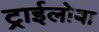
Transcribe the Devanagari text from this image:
ट्राईलोबा